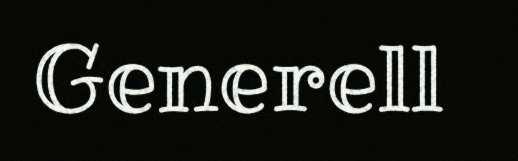
Generell